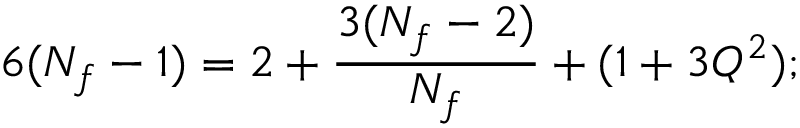
6 ( N _ { f } - 1 ) = 2 + { \frac { 3 ( N _ { f } - 2 ) } { N _ { f } } } + ( 1 + 3 Q ^ { 2 } ) ;